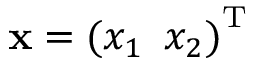
{ \bf x } = { ( x _ { 1 } \, \, \, x _ { 2 } ) } ^ { \textup T }